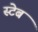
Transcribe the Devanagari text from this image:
स्टेब